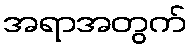
အရာအတွက်